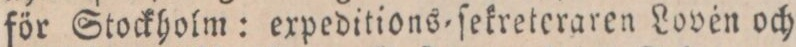
för Stockholm: expeditions=ſekreteraren Lovén och